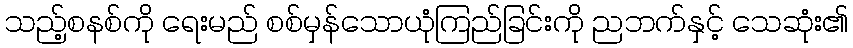
သည့်စနစ်ကို ရေးမည် စစ်မှန်သောယုံကြည်ခြင်းကို ညဘက်နှင့် သေဆုံး၏